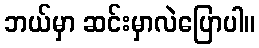
ဘယ်မှာ ဆင်းမှာလဲပြောပါ။